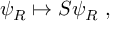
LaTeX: \psi _ { R } \mapsto S \psi _ { R } ~ ,